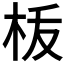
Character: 𣐪